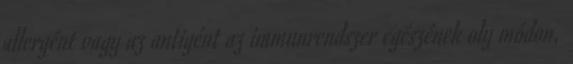
allergént vagy az antigént az immunrendszer egészének oly módon,